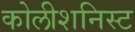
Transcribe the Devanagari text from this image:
कोलीशनिस्ट